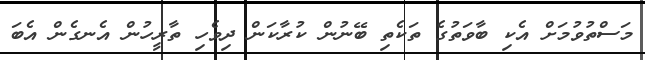
މަސްތުވުމަށް އެކި ބާވަތުގެ ތަކެތި ބޭނުން ކުރާކަން ދިވެހި ތާރީހުން އެނގެން އެބަ